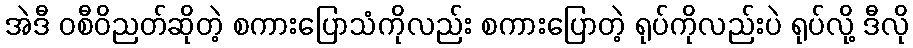
အဲဒီ ဝစီဝိညတ်ဆိုတဲ့ စကားပြောသံကိုလည်း စကားပြောတဲ့ ရုပ်ကိုလည်းပဲ ရုပ်လို့ ဒီလို